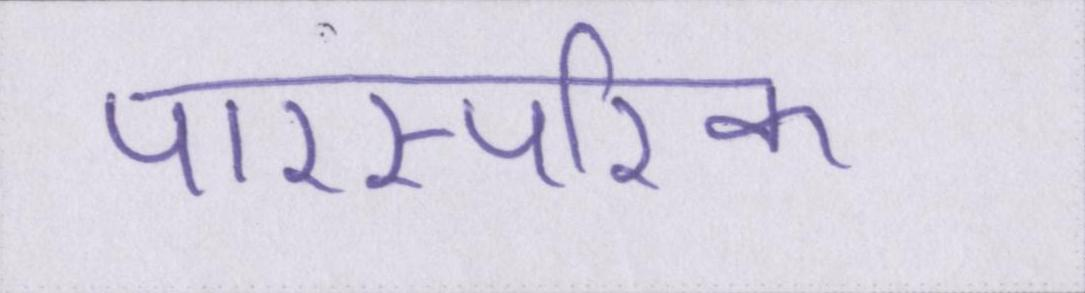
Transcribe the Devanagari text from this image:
पारस्परिक